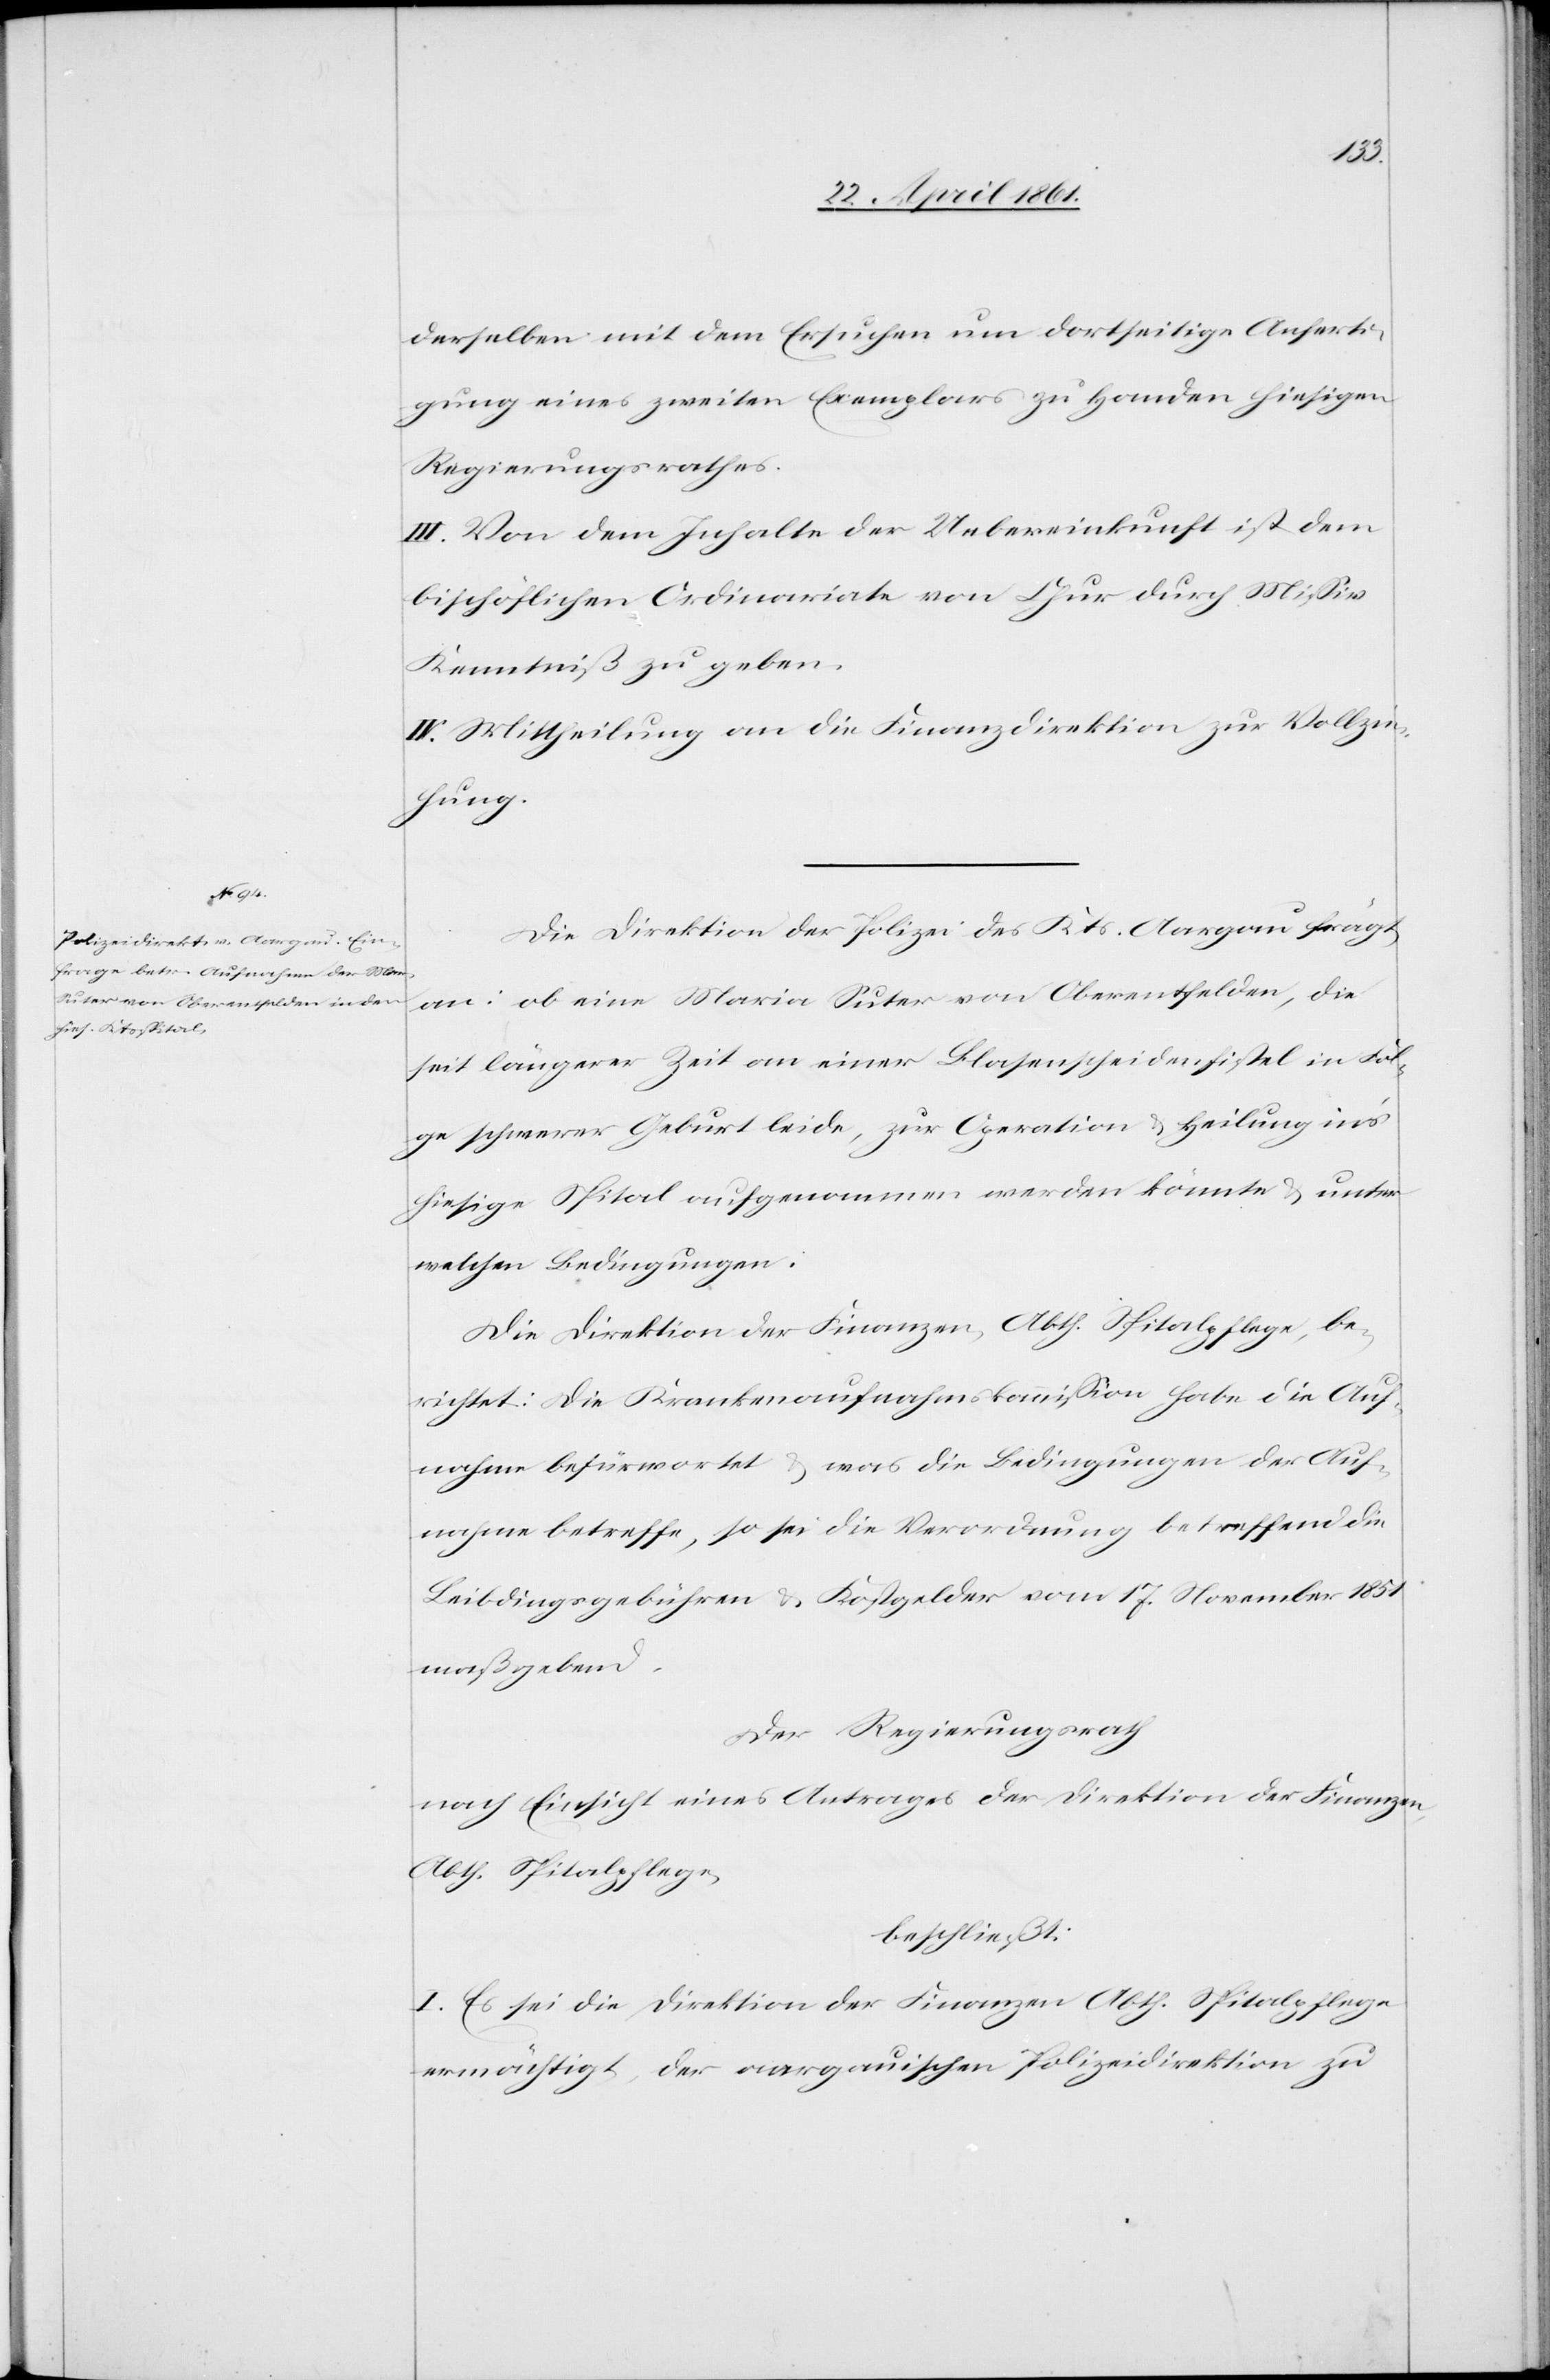
derselben mit dem Ersuchen um dortseitige Anferti¬
gung eines zweiten Exemplars zu Handen hiesigen
Regierungsrathes.
III. Von dem Inhalte der Uebereinkunft ist dem
bischöflichen Ordinariate von Chur durch Missiv
Kenntniß zu geben.
IV. Mittheilung an die Finanzdirektion zur Vollzie¬
hung.
Die Direktion der Polizei des Kts. Aargau frägt
an: ob eine Maria Suter von Oberentfelden, die
seit längerer Zeit an einer Blasenscheidenfistel in Fol¬
ge schwerer Geburt leide, zur Operation u. Heilung in’s
hiesige Spital aufgenommen werden könnte u. unter
welchen Bedingungen.
Die Direktion der Finanzen, Abth. Spitalpflege, be¬
richtet: Die Krankenaufnahmskommission habe die Auf¬
nahme befürwortet u. was die Bedingungen der Auf¬
nahme betreffe, so sei die Verordnung betreffend die
Leibdingsgebühren u. Kostgelder vom 17. November 1851
maßgebend.
Der Regierungsrath
nach Einsicht eines Antrages der Direktion der Finanzen,
Abth. Spitalpflege
beschließt:
I. Es sei die Direktion der Finanzen Abth. Spitalpflege
ermächtigt, der aargauischen Polizeidirektion zu